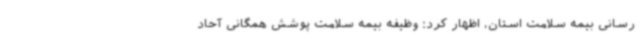
رسانی بیمه سلامت استان، اظهار کرد: وظیفه بیمه سلامت پوشش همگانی آحاد